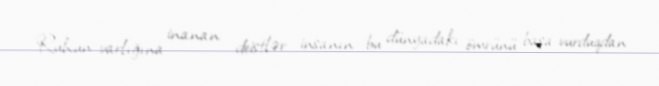
Ruhun varlığına inanan deistlər insanın bu dünyadakı ömrünü başa vurduqdan